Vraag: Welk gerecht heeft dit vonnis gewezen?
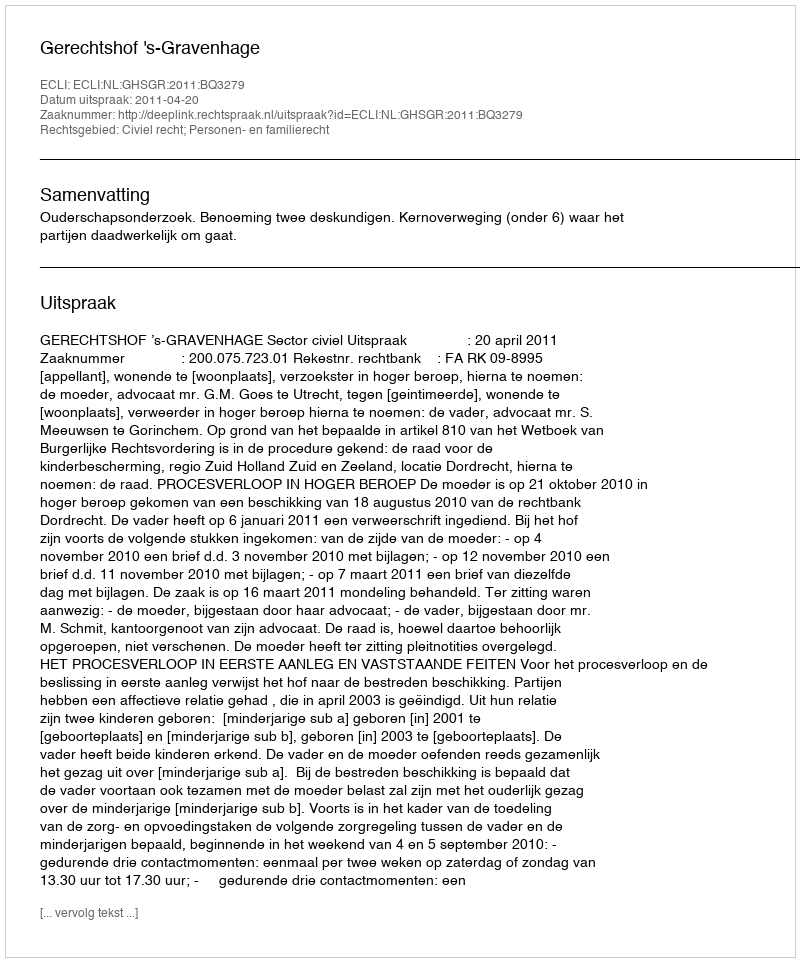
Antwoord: Gerechtshof 's-Gravenhage